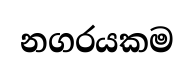
නගරයකම